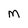
Character: M